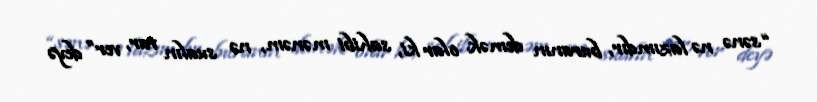
“sənə nə lazımdır, buranın demək olar ki, sahibi mənəm, nə sualın var, ver” deyə